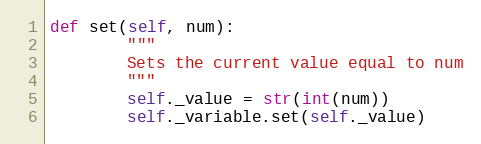
Language: Python
def set(self, num):
        """
        Sets the current value equal to num
        """
        self._value = str(int(num))
        self._variable.set(self._value)